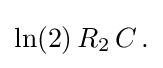
{\textstyle \ln(2)\,R_{2}\,C\,.}